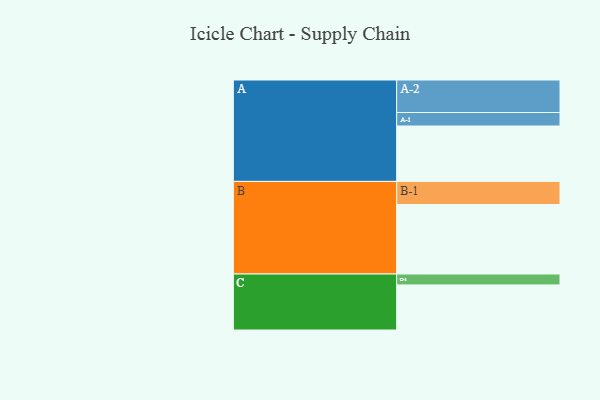
{"axis": {"x": "Segment", "y": "Value"}, "legend": ["", "A", "B", "C"], "data": [{"x": "A", "y": 467, "type": ""}, {"x": "B", "y": 586, "type": ""}, {"x": "C", "y": 380, "type": ""}, {"x": "A-1", "y": 114, "type": "A"}, {"x": "A-2", "y": 274, "type": "A"}, {"x": "B-1", "y": 195, "type": "B"}, {"x": "C-1", "y": 92, "type": "C"}]}